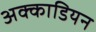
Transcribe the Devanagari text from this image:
अक्काडियन